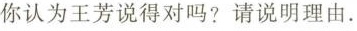
你认为王芳说得对吗?请说明理由.